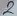
Text: 2